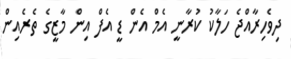
ދިވެހިރާއްޖެ ހަލާކު ކުރާނީ އެމް އެން ޑީ އެފް އިން މާޒީގެ ތެރެއިން